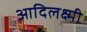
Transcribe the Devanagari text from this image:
आदिलक्ष्मी